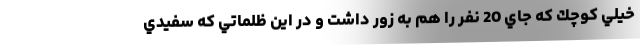
خيلي كوچك كه جاي 20 نفر را هم به زور داشت و در اين ظلماتي كه سفيدي